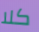
كلا